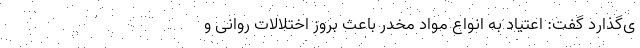
ی‌گذارد گفت: اعتیاد به انواع مواد مخدر باعث بروز اختلالات روانی و